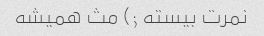
نمرت بیسته ;) مث همیشه